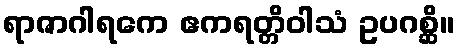
ရာဇာဂါရကေ ဧကရတ္တိဝါသံ ဥပဂစ္ဆိ။